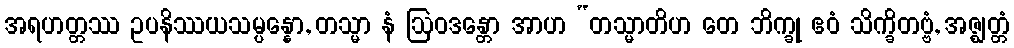
အရဟတ္တဿ ဥပနိဿယသမ္ပန္နော, တသ္မာ နံ ဩဝဒန္တော အာဟ “တသ္မာတိဟ တေ ဘိက္ခု ဧဝံ သိက္ခိတဗ္ဗံ, အဇ္ဈတ္တံ